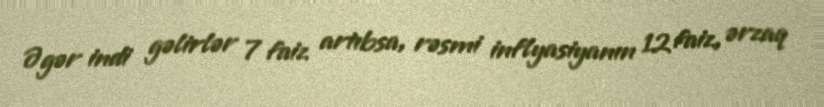
Əgər indi gəlirlər 7 faiz artıbsa, rəsmi inflyasiyanın 12 faiz, ərzaq